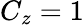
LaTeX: C_{z}=1